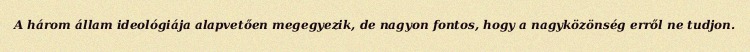
A három állam ideológiája alapvetően megegyezik, de nagyon fontos, hogy a nagyközönség erről ne tudjon.